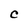
Character: C